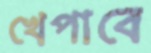
খেপাবে